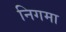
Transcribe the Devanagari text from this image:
निगमा